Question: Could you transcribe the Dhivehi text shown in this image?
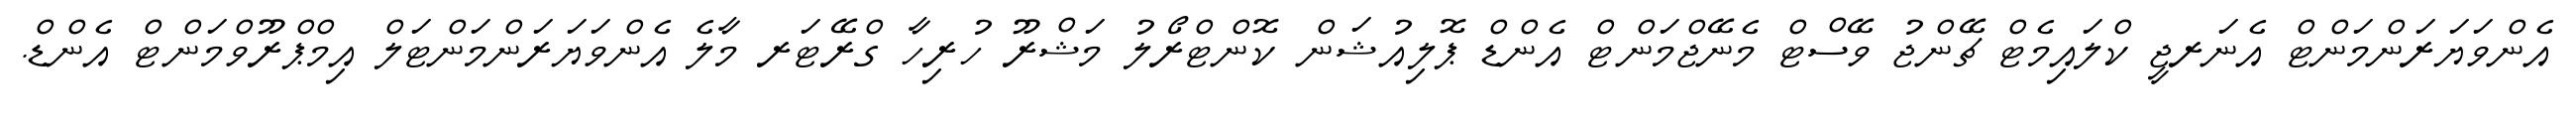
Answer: އެންވަޔަރަންމަންޓް އެނަރޖީ ކްލައިމެޓް ޗޭންޖު ވޭސްޓް މެނޭޖްމަންޓް އެންޑް ޕޮލިއުޝަން ކޮންޓްރޯލު މަޝްރޫ ހުރިހާ ގްރޭޓަރ މާލެ އެންވަޔަރަންމަންޓަލް އިމްޕްރޫވްމަންޓް އެންޑް.